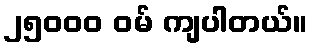
၂၅၀၀၀ ဝမ် ကျပါတယ်။